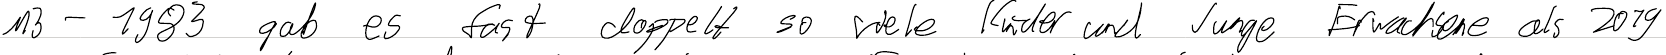
M3 - 1983 gab es fast doppelt so viele Kinder und Junge Erwachsene als 2019